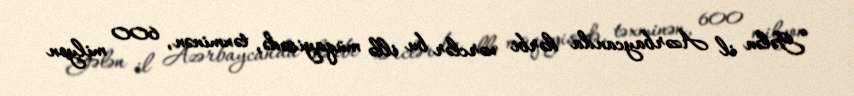
“Gələn il Azərbaycanda hərbi xərclər bu illə müqayisədə, təxminən, 600 milyon